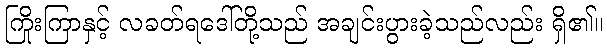
ကြိုးကြာနှင့် လခတ်ရဒေါ်တို့သည် အချင်းပွားခဲ့သည်လည်း ရှိ၏။